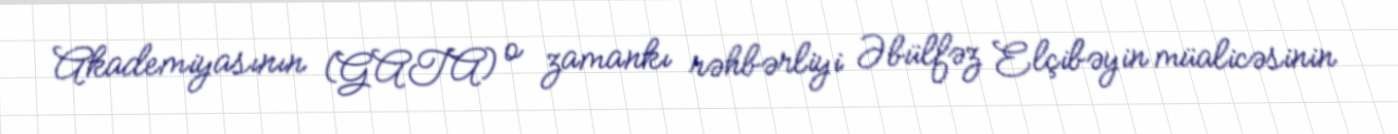
Akademiyasının (GATA) o zamankı rəhbərliyi Əbülfəz Elçibəyin müalicəsinin